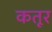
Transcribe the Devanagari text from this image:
कतूर